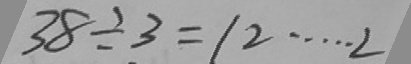
3 8 \div 3 = 1 2 \cdots 2